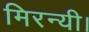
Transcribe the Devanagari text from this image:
मिरन्यी।